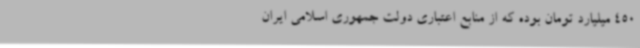
450 میلیارد تومان بوده که از منابع اعتباری دولت جمهوری اسلامی ایران